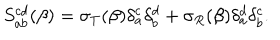
S _ { a b } ^ { c d } ( \beta ) = \sigma _ { T } ( \beta ) \delta _ { a } ^ { c } \delta _ { b } ^ { d } + \sigma _ { R } ( \beta ) \delta _ { a } ^ { d } \delta _ { b } ^ { c } .